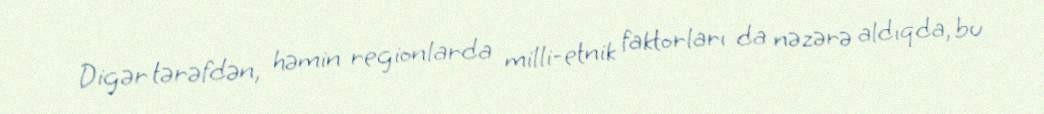
Digər tərəfdən, həmin regionlarda milli-etnik faktorları da nəzərə aldıqda, bu